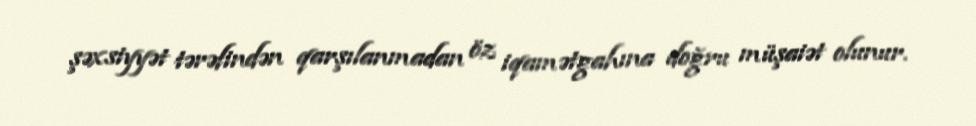
şəxsiyyət tərəfindən qarşılanmadan öz iqamətgahına doğru müşaiət olunur.